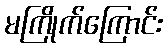
မကြိုက်ကြောင်း